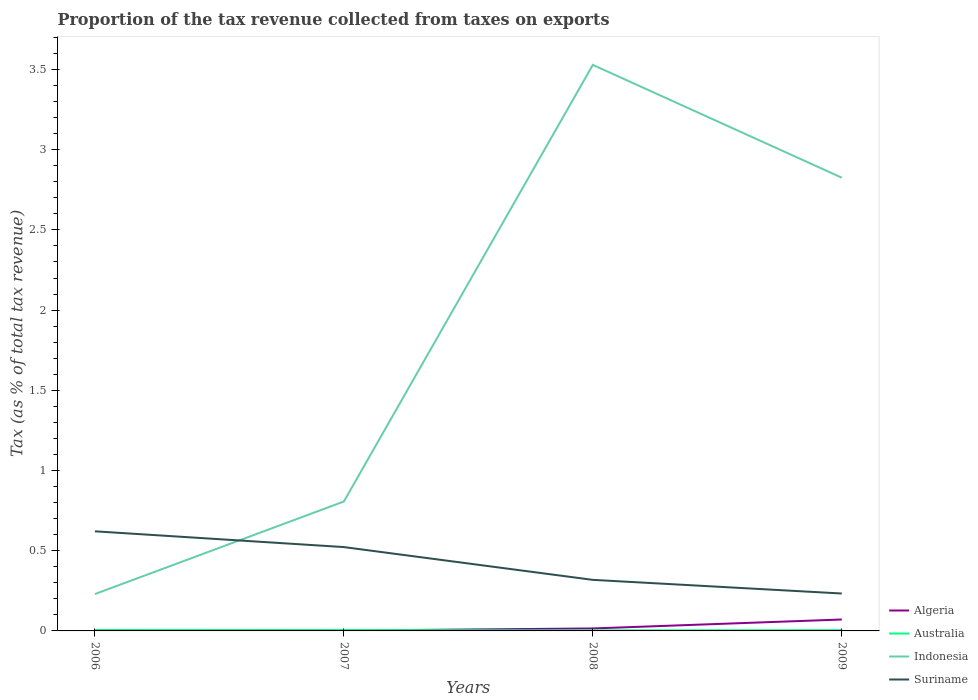
| Years | Algeria | Australia | Indonesia | Suriname |
 | --- | --- | --- | --- | --- |
 | 2006 | 0.000577 | 0.00571 | 0.23 | 0.621 |
 | 2007 | 0.00229 | 0.00534 | 0.807 | 0.523 |
 | 2008 | 0.0154 | 0.0035 | 3.53 | 0.318 |
 | 2009 | 0.0712 | 0.00468 | 2.83 | 0.233 |